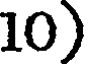
10)